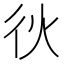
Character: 𫹐